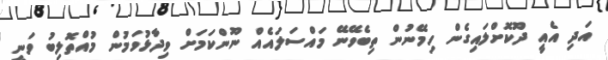
އަދި އެއީ ދޫކޮށްލައިގެން ހިމޭނުން ތިބެވޭނޭ މައްސަލައެއް ނޫންކަމަށް ވިދާޅުވަމުން މުއްތޮލިބު ވަނީ